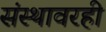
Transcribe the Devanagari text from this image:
संस्थावरही